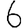
Digit: 6